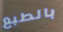
بالطبع